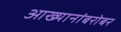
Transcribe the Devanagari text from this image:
आख्यानांबरोबर